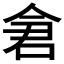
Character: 𫝉